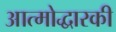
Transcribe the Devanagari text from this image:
आत्मोद्धारकी